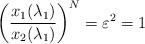
LaTeX: \begin{align*}\left( \frac{x_{1}(\lambda _{1})}{x_{2}(\lambda _{1})}\right)^{N}=\varepsilon ^{2}=1 \end{align*}